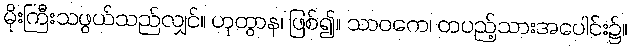
မိုးကြီးသဖွယ်သည်လျှင်။ ဟုတွာန၊ ဖြစ်၍။ သာဝကေ၊ တပည့်သားအပေါင်း၌။